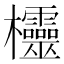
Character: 欞